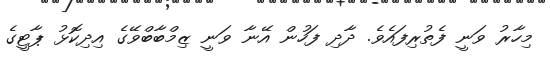
މިހާރު ވަނީ ފެތުރިފައެވެ. ދާދި ފަހުން އޭނާ ވަނީ ޒިމްބާބްވޭގެ އިދިކޮޅު ޕާޓީގެ